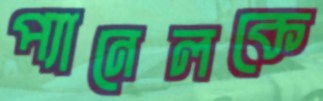
প্যানেলকে